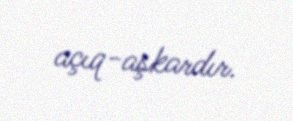
açıq-aşkardır.